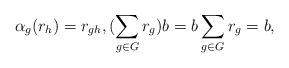
LaTeX: \begin{align*}\alpha_g(r_h)=r_{gh},(\sum_{g\in G}r_g)b=b\sum_{g\in G}r_g=b,\end{align*}